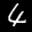
Label: 4